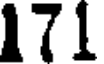
171